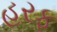
હરફ